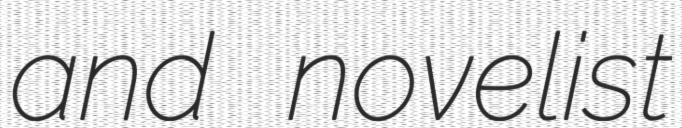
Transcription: and novelist